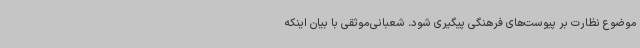
موضوع نظارت بر پیوست‌های فرهنگی پیگیری شود. شعبانی‌موثقی با بیان اینکه